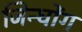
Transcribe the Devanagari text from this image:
जिन्घोंग